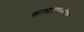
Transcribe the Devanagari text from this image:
काव्यरचनांना